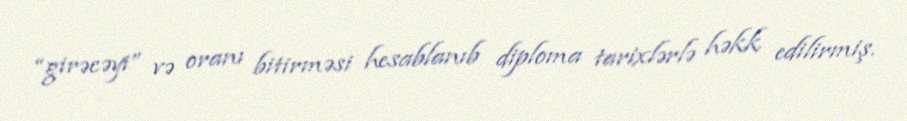
“girəcəyi” və oranı bitirməsi hesablanıb diploma tarixlərlə həkk edilirmiş.